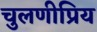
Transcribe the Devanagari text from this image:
चुलणीप्रिय